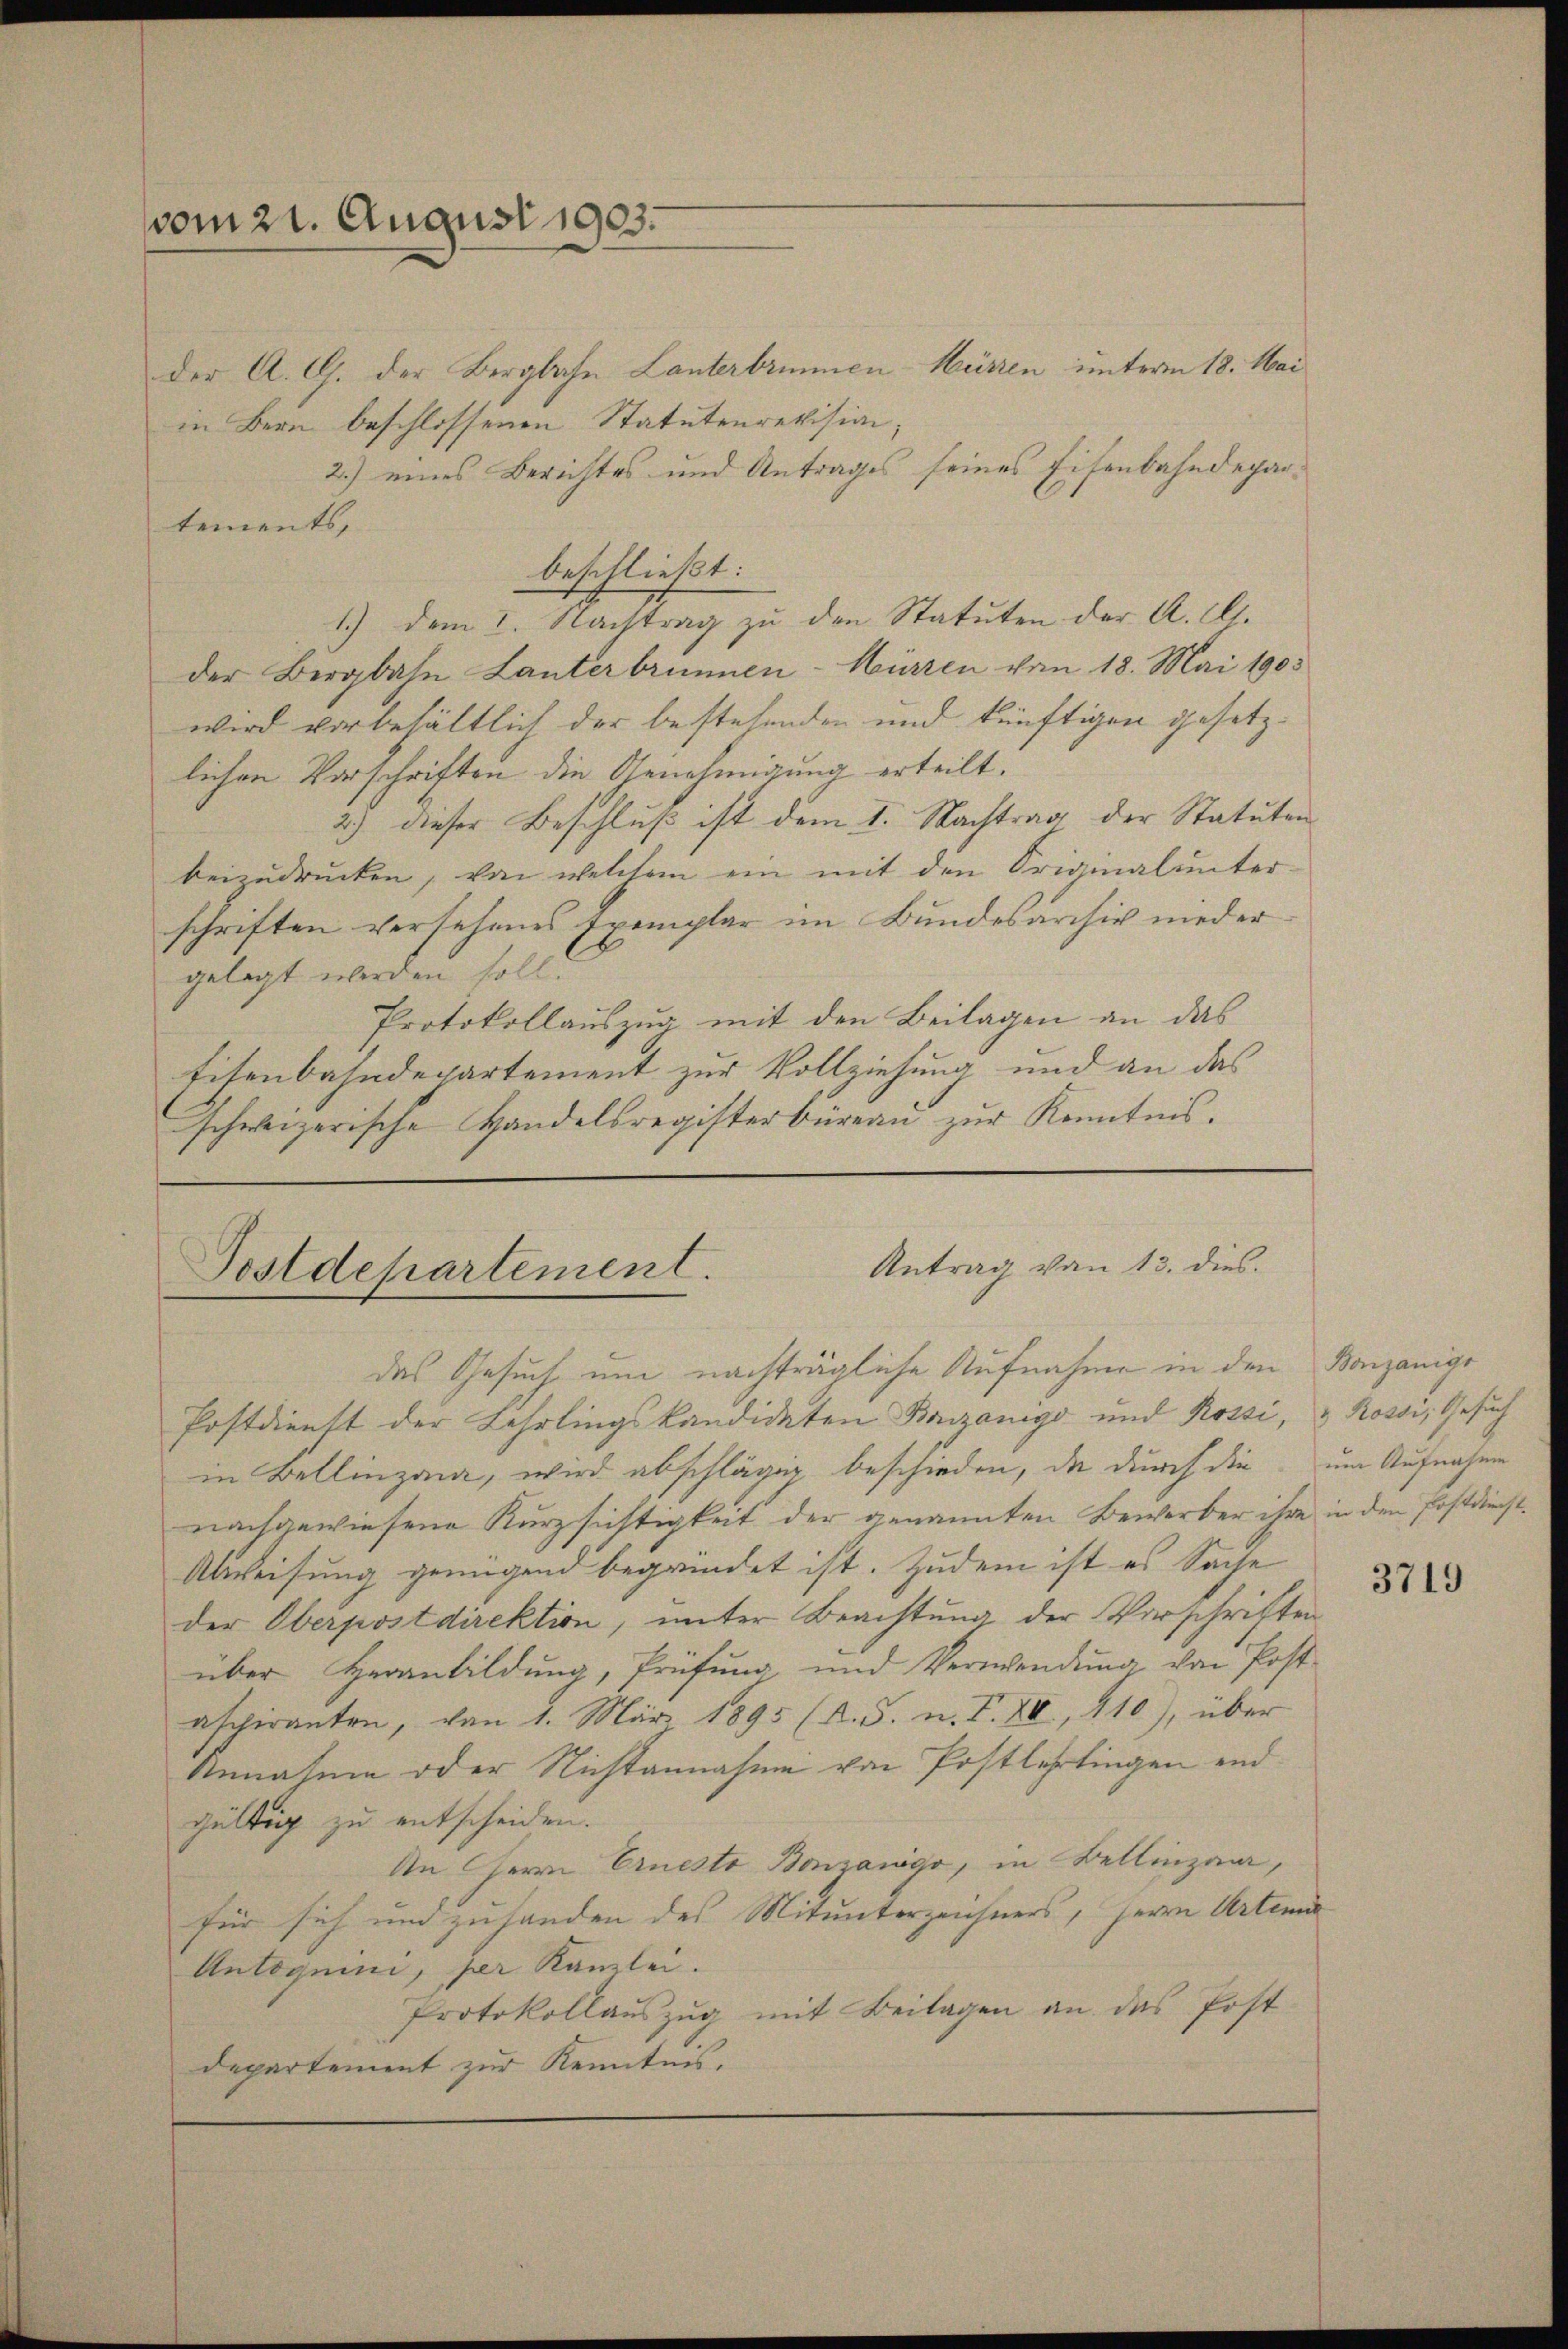
vom 21. August 1903.

der A. G. der Bergbahn Lanterbrunnen-Mürren unterm 18. Mai
in Bern beschlossenen Statutenrevision;
2.) eines Berichtes und Antrages seines Eisenbahndepartements,
beschließt:
1.) dem I. Nachtrag zu den Statuten der A. E.
der Bergbahn Lanterbrunnen-Würzen vom 18. Mai 1903
wird vorbehältlich der bestehenden und künftigen gesetzlichen Vorschriften die Genehmigung erteilt.
2.) dieser Beschluß ist dem 1. Nachtrag der Statuten
beizudrucken, von welchem ein mit den Originalunter-
schriften versehenes Exemplar im Bundesarchiv nieder
gelegt werden soll.
Protokollauszug mit den Beilagen an das
Eisenbahndepartement zur Vollziehung und an das
schweizerische Handelsregisterbüreau zur Kenntnis.

Antrag von 13. dies
Postdepartement.

das Gesuch um nachträgliche Aufnahme in den Bonzanige
Postdienst der Lehrlingskandidaten Brzanigo und Rossi, & Rossi, Gesuch
in Bellinzon, wird abschläger beschieden, da durch die um Aufnahme
nachgewiesene Kurzsichtigkeit der genannten Bewerber ihre in den Postdienst¬
Abweisung genügend begründet ist. Zudem ist es Sache
der Oberpostdirektion, unter Beachtung der Vorschriften
über Heranbildung, Prüfung, und Verwendung von Post-
aspiranten, von 1. März 1895 (N. S. n. F. IV, 110), über
Unnahme oder Nichtannahme von Postlehrtingen end
gültig zu entscheiden.
An Herrn Erneste Bonzango, in Bellinzon,
für sich um zutanden des Mitunterzeichners, Herrn Arten
Antoguini, per Kanzlei.
Protokollauszug mit Beilagen an das Post-
departement zur Kenntnis.

3719